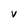
Character: V